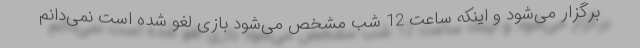
برگزار می‌شود و اینکه ساعت 12 شب مشخص می‌شود بازی لغو شده است نمی‌دانم